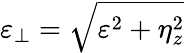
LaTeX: \varepsilon_{\perp}=\sqrt{\varepsilon^{2}+\eta_{z}^{2}}